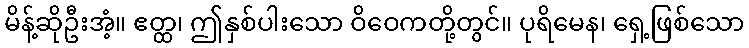
မိန့်ဆိုဦးအံ့။ ဧတ္ထ၊ ဤနှစ်ပါးသော ဝိဝေကတို့တွင်။ ပုရိမေန၊ ရှေ့ဖြစ်သော